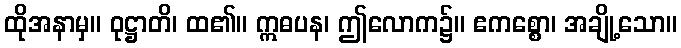
ထိုအနာမှ။ ဝုဋ္ဌာတိ၊ ထ၏။ ဣဓပန၊ ဤလောက၌။ ဧကစ္စော၊ အချို့သော။